Civil Veterinary Dept. Bombay admin report 1923-31 - 1923-1931
Year: 1923
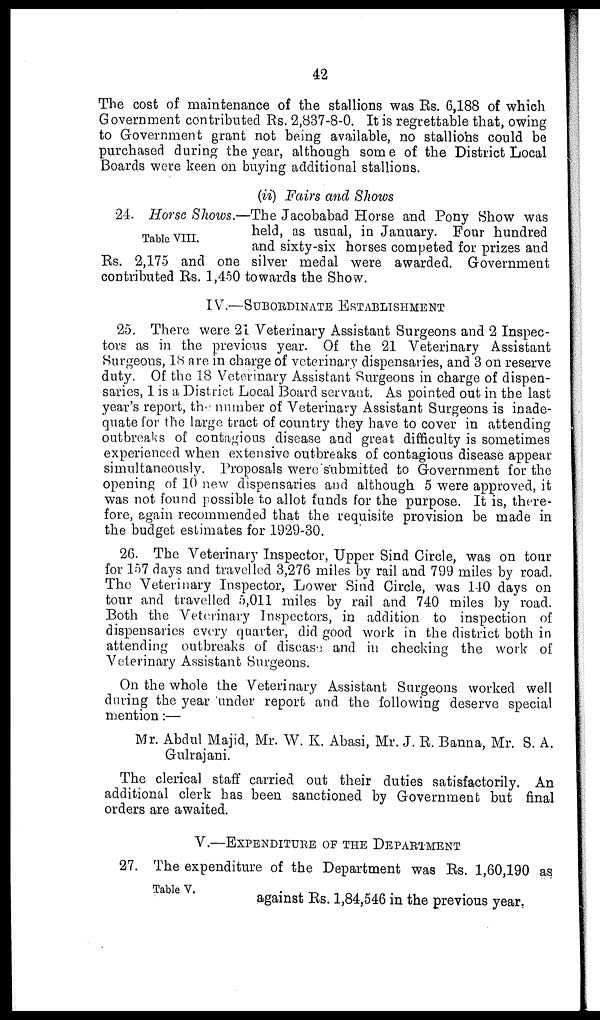
42
The cost of maintenance of the stallions was Rs. 6,188 of which
Government contributed Rs. 2,837-8-0. It is regrettable that, owing
to Government grant not being available, no stallions could be
purchased during the year, although some of the District Local
Boards were keen on buying additional stallions.
(ii) Fairs and Shows
Table VIII.
24. Horse Shows.—The Jacobabad Horse and Pony Show was
held, as usual, in January. Four hundred
and sixty-six horses competed for prizes and
Rs. 2,175 and one silver medal were awarded. Government
contributed Rs. 1,450 towards the Show.
IV.—SUBORDINATE ESTABLISHMENT
25. There were 21 Veterinary Assistant Surgeons and 2 Inspec-
tors as in the previous year. Of the 21 Veterinary Assistant
Surgeons, 18 are in charge of veterinary dispensaries, and 3 on reserve
duty. Of the 18 Veterinary Assistant Surgeons in charge of dispen-
saries, 1 is a District Local Board servant. As pointed out in the last
year's report, the number of Veterinary Assistant Surgeons is inade-
quate for the large tract of country they have to cover in attending
outbreaks of contagious disease and great difficulty is sometimes
experienced when extensive outbreaks of contagious disease appear
simultaneously. Proposals were "submitted to Government for the
opening of 10 new dispensaries and although 5 were approved, it
was not found possible to allot funds for the purpose. It is, there-
fore, again recommended that the requisite provision be made in
the budget estimates for 1929-30.
26. The Veterinary Inspector, Upper Sind Circle, was on tour
for 157 days and travelled 3,276 miles by rail and 799 miles by road.
The Veterinary Inspector, Lower Sind Circle, was 140 days on
tour and travelled 5,011 miles by rail and 740 miles by road.
Both the Veterinary Inspectors, in addition to inspection of
dispensaries every quarter, did good work in the district both in
attending outbreaks of disease and in checking the work of
Veterinary Assistant Surgeons.
On the whole the Veterinary Assistant Surgeons worked well
during the year under report and the following deserve special
mention:—
Mr. Abdul Majid, Mr. W. K. Abasi, Mr. J. R. Banna, Mr. S. A.
Gulrajani.
The clerical staff carried out their duties satisfactorily. An
additional clerk has been sanctioned by Government but final
orders are awaited.
V.—EXPENDITURE OF THE DEPARTMENT
Table V.
27. The expenditure of the Department was Rs. 1,60,190 as
against Rs. 1,84,546 in the previous year.